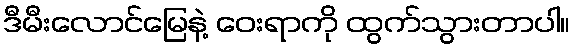
ဒီမီးလောင်မြေနဲ့ ဝေးရာကို ထွက်သွားတာပါ။